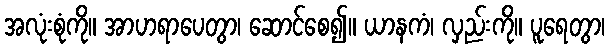
အလုံးစုံကို။ အာဟရာပေတွာ၊ ဆောင်စေ၍။ ယာနကံ၊ လှည်းကို။ ပူရေတွာ၊